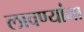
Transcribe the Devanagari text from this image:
लावण्यांना